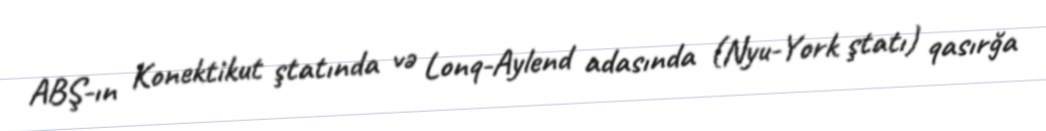
ABŞ-ın Konektikut ştatında və Lonq-Aylend adasında (Nyu-York ştatı) qasırğa